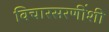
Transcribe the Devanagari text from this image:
विचारसरणींशी